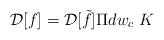
LaTeX: \begin{align*}{\cal D}[f]= {\cal D}[\tilde f]\Pi dw_c \; K\end{align*}